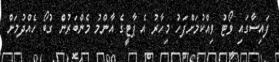
ފައިސާގައި ވޯޓު ވިއްކުމަށްފަހު މިހާރު އެ ޕާޓީގެ އާންމު މެންބަރުން ގުބޯ ހެއްދުމަށް